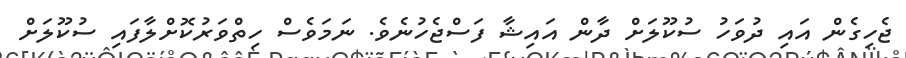
ޖެހިގެން އައި ދުވަހު ސުކޫލަށް ދާން އައިޝާ ފަސްޖެހުނެވެ. ނަމަވެސް ހިތްވަރުކޮށްލާފައި ސުކޫލަށް